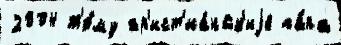
2004 т'е́му хр'ист'иа́нск'иjе па́па